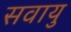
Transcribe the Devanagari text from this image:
सवायु